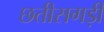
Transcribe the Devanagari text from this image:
छतीसगड़ी